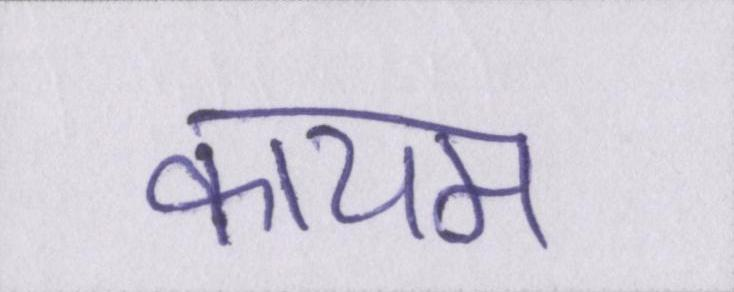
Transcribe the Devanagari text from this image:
कायम